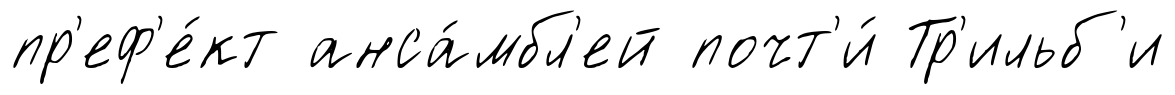
пр'еф'е́кт анса́мбл'ей почт'и́ Тр'ильб'и